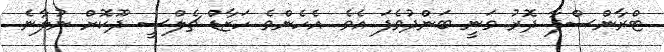
ޓްރާންސްފާ ދޮރު ވަނީ ބަންދުވެފަ އެވެ. އެހެންވެ ހަޒާޑް ޗެލްސީ ދޫކޮށް ނުލާނެ